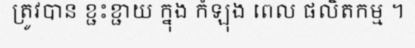
ត្រូវបាន ខ្ជះខ្ជាយ ក្នុង កំឡុង ពេល ផលិតកម្ម ។